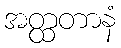
အတ္ထတာနံ